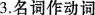
3.名词作动词